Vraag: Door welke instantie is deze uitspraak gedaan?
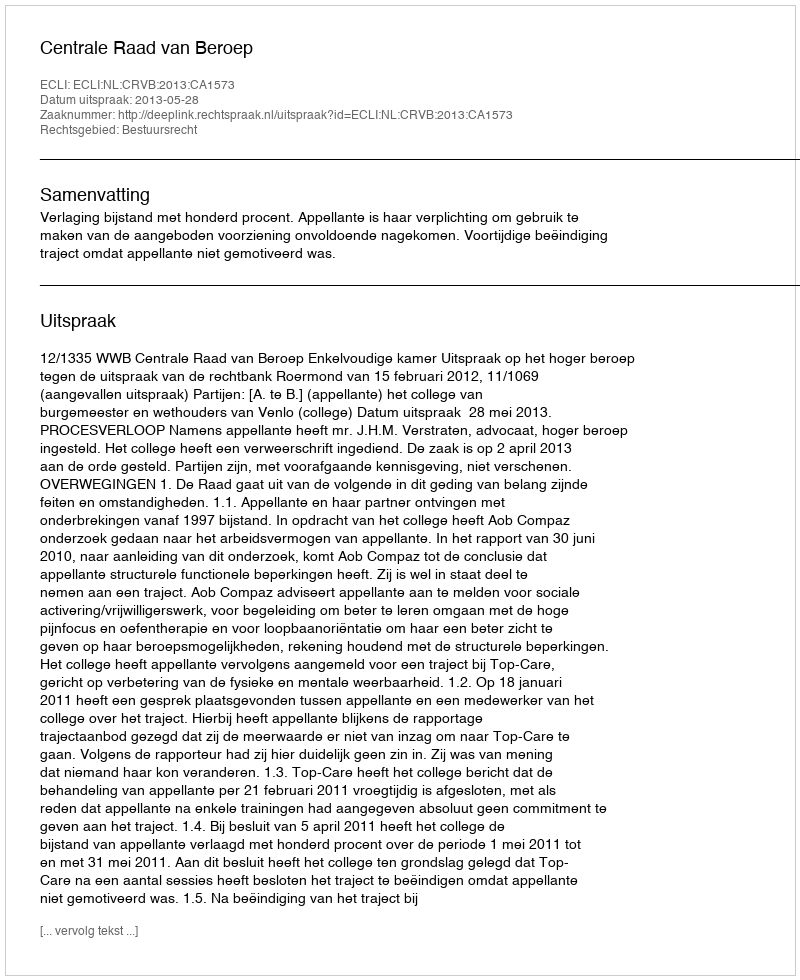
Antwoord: Centrale Raad van Beroep